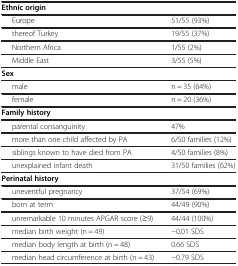
| <COLSPAN=2>  |
 | --- | --- |
 | <COLSPAN=2> Ethnic origin |
 | Europe | 51/55 (93%) |
 | thereof Turkey | 19/55 (37%) |
 | Northern Africa | 1/55 (2%) |
 | Middle East | 3/55 (5%) |
 | <COLSPAN=2> Sex |
 | male | n = 35 (64%) |
 | female | n = 20 (36%) |
 | <COLSPAN=2> Family history |
 | parental consanguinity | 47% |
 | more than one child affected by PA | 6/50 families (12%) |
 | siblings known to have died from PA | 4/50 families (8%) |
 | unexplained infant death | 31/50 families (62%) |
 | <COLSPAN=2> Perinatal history |
 | uneventful pregnancy | 37/54 (69%) |
 | born at term | 44/49 (90%) |
 | unremarkable 10 minutes APGAR score (≥9) | 44/44 (100%) |
 | median birth weight (n = 49) | −0.01 SDS |
 | median body length at birth (n = 48) | 0.66 SDS |
 | median head circumference at birth (n = 43) | −0.79 SDS |